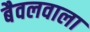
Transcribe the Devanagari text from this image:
बैवलवाला